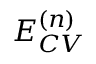
E _ { C V } ^ { ( n ) }